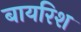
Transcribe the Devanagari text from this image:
बायरिश